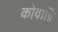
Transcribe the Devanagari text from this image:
कोवाष़ि